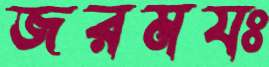
জরমযঃ